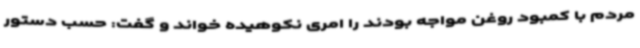
مردم با کمبود روغن مواجه بودند را امری نکوهیده خواند و گفت: حسب دستور